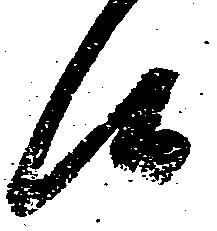
候